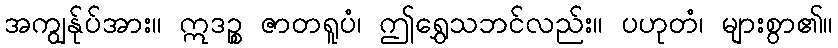
အကျွန်ုပ်အား။ ဣဒဉ္စ ဇာတရူပံ၊ ဤရွှေသဘင်လည်း။ ပဟုတံ၊ များစွာ၏။